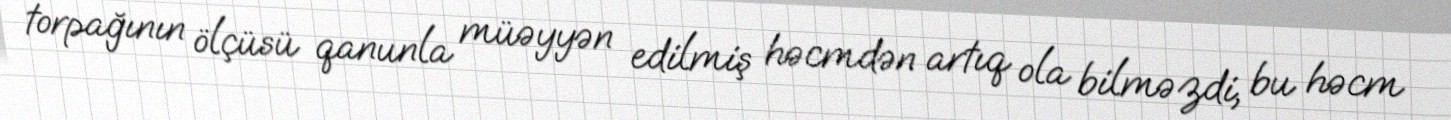
torpağının ölçüsü qanunla müəyyən edilmiş həcmdən artıq ola bilməzdi, bu həcm